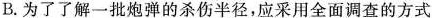
B.为了了解一批炮弹的杀伤半径，应采用全面调查的方式